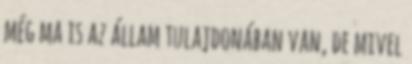
még ma is az állam tulajdonában van, de mivel